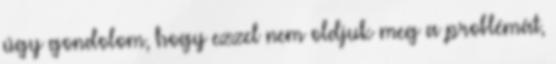
úgy gondolom, hogy ezzel nem oldjuk meg a problémát,